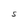
Character: S